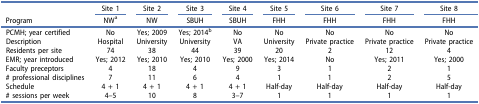
|  | Site 1 | Site 2 | Site 3 | Site 4 | Site 5 | Site 6 | Site 7 | Site 8 |
 | Program | NWa | NW | SBUH | SBUH | FHH | FHH | FHH | FHH |
 | --- | --- | --- | --- | --- | --- | --- | --- | --- |
 | PCMH; year certified | No | Yes; 2009 | Yes; 2014b | No | No | No | No | No |
 | Description | Hospital | University | University | VA | University | Private practice | Private practice | Private practice |
 | Residents per site | 74 | 38 | 44 | 39 | 20 | 2 | 12 | 4 |
 | EMR; year introduced | Yes; 2012 | Yes; 2010 | Yes; 2010 | Yes; 2000 | Yes; 2014 | No | Yes; 2011 | Yes; 2000 |
 | Faculty preceptors | 4 | 18 | 4 | 9 | 3 | 1 | 2 | 1 |
 | # professional disciplines | 7 | 11 | 6 | 4 | 1 | 1 | 2 | 5 |
 | Schedule | 4 + 1 | 4 + 1 | 4 + 1 | 4 + 1 | Half-day | Half-day | Half-day | Half-day |
 | # sessions per week | 4–5 | 10 | 8 | 3–7 | 1 | 1 | 1 | 1 |